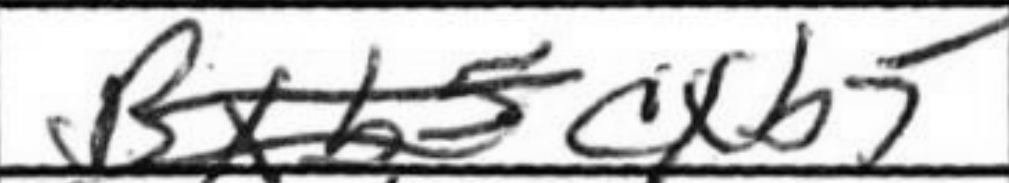
Transcription: cxb5